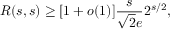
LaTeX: R ( s , s ) \geq [ 1 + o ( 1 ) ] { \frac { s } { { \sqrt { 2 } } e } } 2 ^ { s / 2 } ,